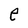
Character: e